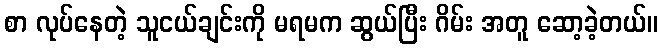
စာ လုပ်နေတဲ့ သူငယ်ချင်းကို မရမက ဆွယ်ပြီး ဂိမ်း အတူ ဆော့ခဲ့တယ်။